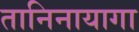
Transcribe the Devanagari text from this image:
तानिनायागा